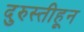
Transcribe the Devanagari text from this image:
दुरुस्तीहून